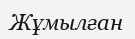
Жұмылған